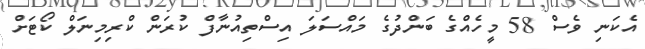
އެކަނި ވެސް 58 މީހެއްގެ ބަންދުގެ މައްސަލަ އިސްތިއުނާފް ކުރަން ކްރިމިނަލް ކޯޓަށް